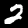
Label: 2